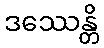
ဒဿေန္တိ